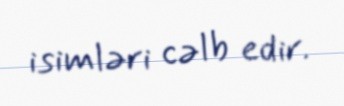
isimləri cəlb edir.